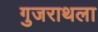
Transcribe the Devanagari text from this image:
गुजराथला